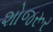
શોજરૂર